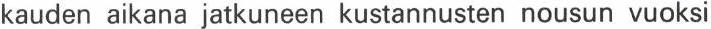
kauden aikana jatkuneen kustannusten nousun vuoksi